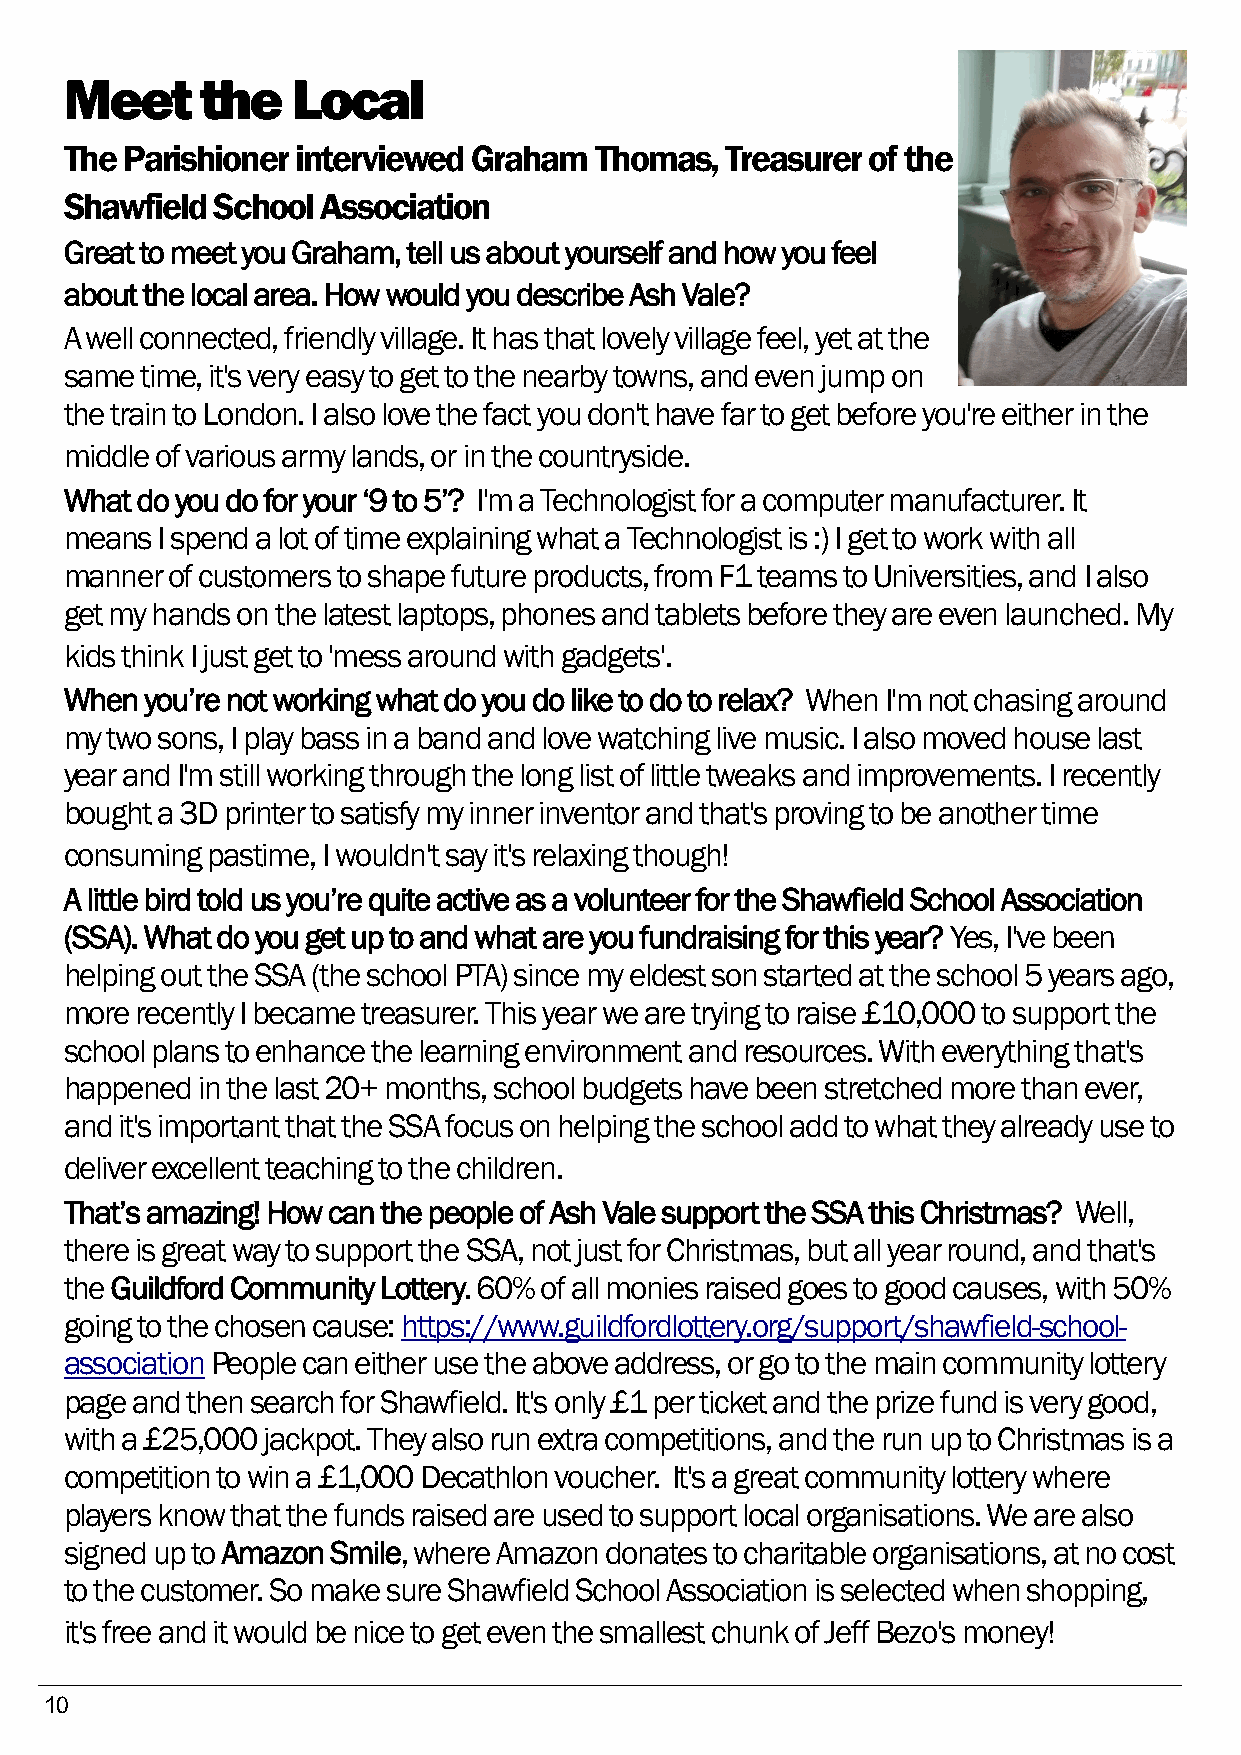
Meet     the   Local
 The Parishioner interviewed Graham Thomas,  Treasurer of the
 Shawfield School Association
 Great to meet you Graham, tell us about yourself and how you feel
 about the local area. How would you describe Ash Vale?
 A well connected, friendly village. It has that lovely village feel, yet at the
 same time, it's very easy to get to the nearby towns, and even jump on
 the train to London. I also love the fact you don't have far to get before you're either in the
 middle of various army lands, or in the countryside.
 What do you do for your ‘9 to 5’? I'm a Technologist for a computer manufacturer. It
 means I spend a lot of time explaining what a Technologist is :) I get to work with all
 manner of customers to shape future products, from F1 teams to Universities, and I also
 get my hands on the latest laptops, phones and tablets before they are even launched. My
 kids think I just get to 'mess around with gadgets'.
 When  you’re not working what do you do like to do to relax? When I'm not chasing around
 my two sons, I play bass in a band and love watching live music. I also moved house last
 year and I'm still working through the long list of little tweaks and improvements. I recently
 bought a 3D printer to satisfy my inner inventor and that's proving to be another time
 consuming pastime, I wouldn't say it's relaxing though!
 A little bird told us you’re quite active as a volunteer for the Shawfield School Association
 (SSA). What do you get up to and what are you fundraising for this year? Yes, I've been
 helping out the SSA (the school PTA) since my eldest son started at the school 5 years ago,
 more recently I became treasurer. This year we are trying to raise £10,000 to support the
 school plans to enhance the learning environment and resources. With everything that's
 happened in the last 20+ months, school budgets have been stretched more than ever,
 and it's important that the SSA focus on helping the school add to what they already use to
 deliver excellent teaching to the children.
 That’s amazing! How can the people of Ash Vale support the SSA this Christmas? Well,
 there is great way to support the SSA, not just for Christmas, but all year round, and that's
 the Guildford Community Lottery. 60% of all monies raised goes to good causes, with 50%
 going to the chosen cause: https://www.guildfordlottery.org/support/shawfield-school-
 association People can either use the above address, or go to the main community lottery
 page and then search for Shawfield. It's only £1 per ticket and the prize fund is very good,
 with a £25,000 jackpot. They also run extra competitions, and the run up to Christmas is a
 competition to win a £1,000 Decathlon voucher. It's a great community lottery where
 players know that the funds raised are used to support local organisations. We are also
 signed up to Amazon Smile, where Amazon donates to charitable organisations, at no cost
 to the customer. So make sure Shawfield School Association is selected when shopping,
 it's free and it would be nice to get even the smallest chunk of Jeff Bezo's money!
 10